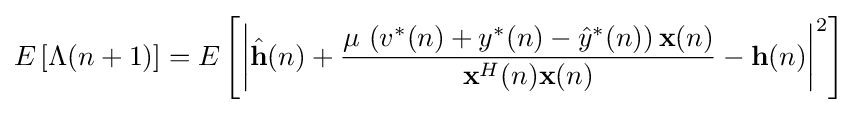
E\left[\Lambda (n+1)\right]=E\left[\left|{\hat {\mathbf {h} }}(n)+{\frac {\mu \,\left(v^{*}(n)+y^{*}(n)-{\hat {y}}^{*}(n)\right)\mathbf {x} (n)}{\mathbf {x} ^{H}(n)\mathbf {x} (n)}}-\mathbf {h} (n)\right|^{2}\right]